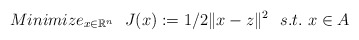
\begin{align*} Minimize_{x\in \mathbb{R}^n} \ \ J(x):=1/2\|x-z\|^2\ \ s.t.\ x\in A\end{align*}